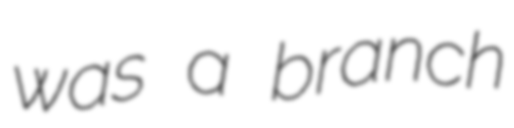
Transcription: was a branch